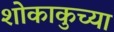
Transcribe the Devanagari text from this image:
शोकाकुच्या